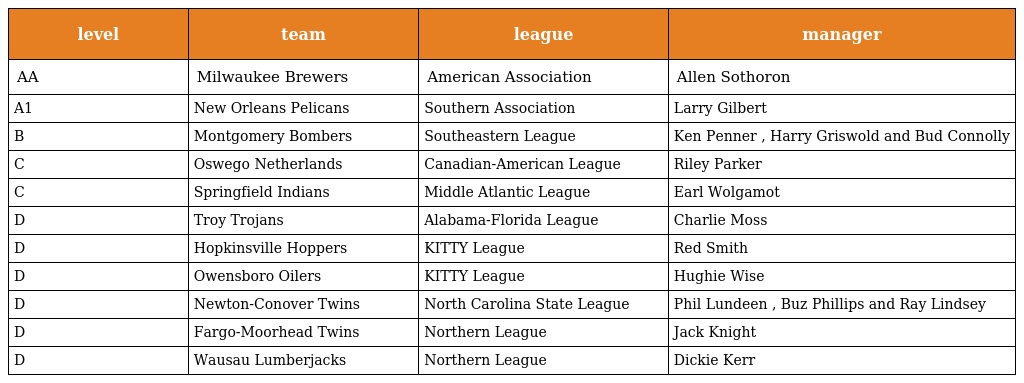
| level | team | league | manager |
 | --- | --- | --- | --- |
 | AA | Milwaukee Brewers | American Association | Allen Sothoron |
 | A1 | New Orleans Pelicans | Southern Association | Larry Gilbert |
 | B | Montgomery Bombers | Southeastern League | Ken Penner , Harry Griswold and Bud Connolly |
 | C | Oswego Netherlands | Canadian-American League | Riley Parker |
 | C | Springfield Indians | Middle Atlantic League | Earl Wolgamot |
 | D | Troy Trojans | Alabama-Florida League | Charlie Moss |
 | D | Hopkinsville Hoppers | KITTY League | Red Smith |
 | D | Owensboro Oilers | KITTY League | Hughie Wise |
 | D | Newton-Conover Twins | North Carolina State League | Phil Lundeen , Buz Phillips and Ray Lindsey |
 | D | Fargo-Moorhead Twins | Northern League | Jack Knight |
 | D | Wausau Lumberjacks | Northern League | Dickie Kerr |